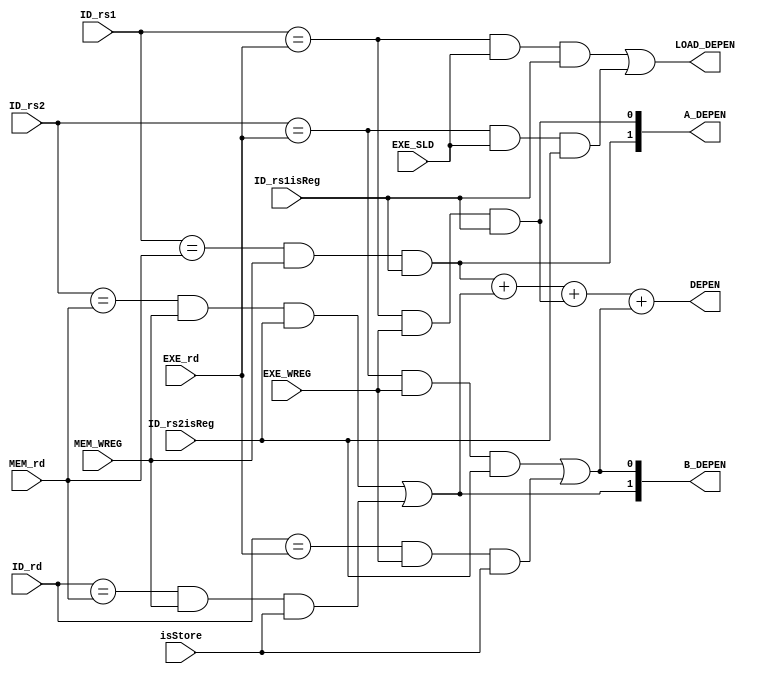
`timescale 1ns / 1ps
//////////////////////////////////////////////////////////////////////////////////
// Company: 
// Engineer: 
// 
// Design Name: 
// Module Name:    stall 
// Project Name: 
// Target Devices: 
// Tool versions: 
// Description: 
//
// Dependencies: 
//
// Revision: 
// Revision 0.01 - File Created
// Additional Comments: 
//
//////////////////////////////////////////////////////////////////////////////////
module stall(  ID_rs1,ID_rs2,ID_rd,EXE_rd,MEM_rd,EXE_WREG,MEM_WREG,
               ID_rs1isReg,ID_rs2isReg,isStore,EXE_SLD,DEPEN,A_DEPEN,B_DEPEN,
               LOAD_DEPEN
    );
    input EXE_SLD;
    input [4:0] ID_rs1,ID_rs2,ID_rd;
    input [4:0] EXE_rd,MEM_rd;
    input EXE_WREG,MEM_WREG;
    input ID_rs1isReg;
    input isStore;
    input ID_rs2isReg;
    output DEPEN;
    output [1:0] A_DEPEN,B_DEPEN;
    output LOAD_DEPEN;
    // load
    wire EXE_A_LOAD_DEPEN,EXE_B_LOAD_DEPEN;
    // load
    wire EXE_A_DEPEN;
    wire EXE_B_DEPEN;
    wire MEM_A_DEPEN;
    wire MEM_B_DEPEN;
    assign EXE_A_DEPEN=(ID_rs1==EXE_rd)&(EXE_WREG)&(ID_rs1isReg);
    assign MEM_A_DEPEN=(ID_rs1==MEM_rd)&(MEM_WREG)&(ID_rs1isReg);
    assign EXE_B_DEPEN=(ID_rs2==EXE_rd)&(EXE_WREG)&(ID_rs2isReg)|
           (ID_rd==EXE_rd)&(EXE_WREG)&(isStore);
    assign MEM_B_DEPEN=(ID_rs2==MEM_rd)&(MEM_WREG)&(ID_rs2isReg)|
           (ID_rd==MEM_rd)&(MEM_WREG)&(isStore);
    // forwarding
    assign A_DEPEN[0]=EXE_A_DEPEN;
    assign A_DEPEN[1]=MEM_A_DEPEN;
    assign B_DEPEN[0]=EXE_B_DEPEN;
    assign B_DEPEN[1]=MEM_B_DEPEN;

    // load
    assign EXE_A_LOAD_DEPEN=(ID_rs1==EXE_rd)&(EXE_SLD)&(ID_rs1isReg);
    assign EXE_B_LOAD_DEPEN=(ID_rs2==EXE_rd)&(EXE_SLD)&(ID_rs2isReg);
    assign LOAD_DEPEN=EXE_A_LOAD_DEPEN | EXE_B_LOAD_DEPEN;
    assign DEPEN=MEM_A_DEPEN+MEM_B_DEPEN+EXE_A_DEPEN+EXE_B_DEPEN;
endmodule